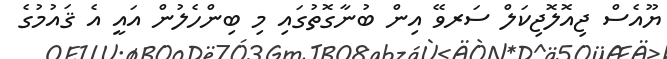
ޔޫއެސް ޖިއޮލޮޖިކަލް ސަރވޭ އިން ބުނާގޮތުގައި މި ބިންހެލުން އައީ އެ ޤައުމުގެ